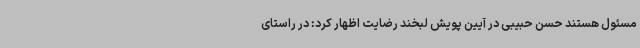
مسئول هستند حسن حبیبی در آیین پویش لبخند رضایت اظهار کرد: در راستای